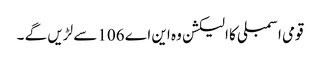
قومی اسمبلی کا الیکشن وہ این اے 106سے لڑیں گے ۔